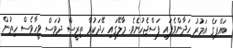
ބައްޕަގެ އަމުރު ހަދާންވެފައި ފަސްޖެހުނެވެ. މާލޭގައި ހޭދަކުރާ ތިރީސް ދުވަސް ވީހާވެސް ހިތުން